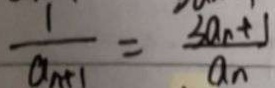
\frac { 1 } { a _ { n + 1 } } = \frac { 3 a _ { n } + 1 } { a _ { n } }